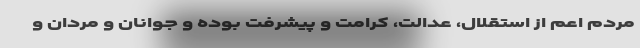
مردم اعم از استقلال، عدالت، کرامت و پیشرفت بوده و جوانان و مردان و